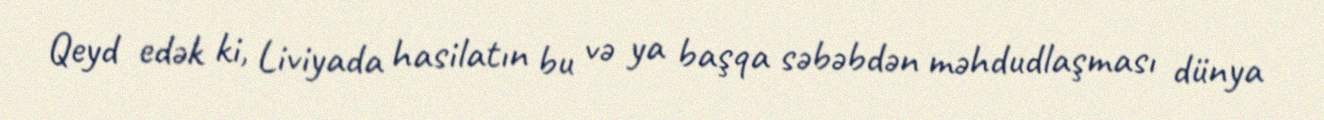
Qeyd edək ki, Liviyada hasilatın bu və ya başqa səbəbdən məhdudlaşması dünya